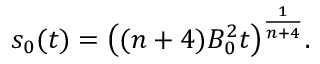
s _ { 0 } ( t ) = \big ( ( n + 4 ) B _ { 0 } ^ { 2 } t \big ) ^ { \frac { 1 } { n + 4 } } .